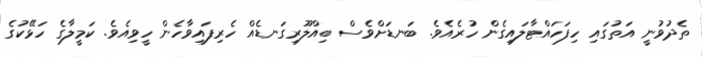
ތެދުވުނީ އަތުގައި ހިފަހައްޓާލައިގެން ހުރެއެވެ. ބަނޑަށްވެސް ބިއްލޫރިގަނޑެއް ހެރިފައިވާހެން ހީވިއެވެ. ކަމީލާގެ ހަޅޭކުގެ